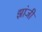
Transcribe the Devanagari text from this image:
झांजी